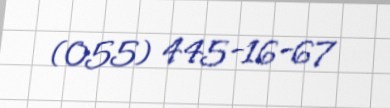
(055) 445-16-67